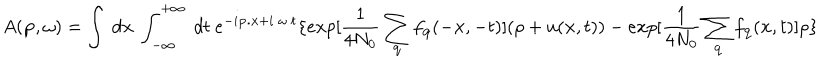
LaTeX: A ( { \bf { p } } , \omega ) = \int \mathrm { ~ } { d { \bf { x } } } \mathrm { ~ } \int _ { - \infty } ^ { + \infty } \mathrm { ~ } d t \mathrm { ~ } e ^ { - i { \bf { p . x } } + i \mathrm { ~ } \omega \mathrm { ~ } t } \{ e x p [ \frac { 1 } { 4 N _ { 0 } } \sum _ { { \bf { q } } } f _ { { \bf { q } } } ( - { \bf { x } } , - t ) ] ( \rho + u ( { \bf { x } } , t ) ) - e x p [ \frac { 1 } { 4 N _ { 0 } } \sum _ { { \bf { q } } } f _ { { \bf { q } } } ( { \bf { x } } , t ) ] \rho \}